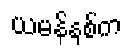
ယမန်နှစ်က